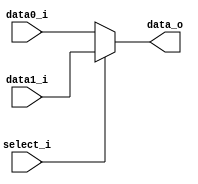
//0316055_0316313
//Subject:     CO project 2 - MUX 221
//--------------------------------------------------------------------------------
//Version:     1
//--------------------------------------------------------------------------------
//Writer:      
//----------------------------------------------
//Date:        
//----------------------------------------------
//Description: 
//--------------------------------------------------------------------------------
     
module MUX_2to1(
    data0_i,
    data1_i,
    select_i,
    data_o
    );

parameter size = 0;			   
			
//I/O ports               
input   [size-1:0] data0_i;          
input   [size-1:0] data1_i;
input              select_i;
output  [size-1:0] data_o; 

//Internal Signals
//reg     [size-1:0] data_o;

//Main function
assign data_o = select_i? data1_i: data0_i;

endmodule